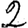
Digit: 2